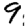
Digit: 9